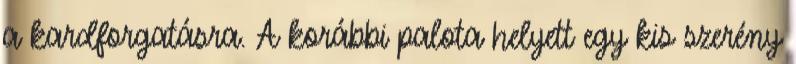
a kardforgatásra. A korábbi palota helyett egy kis szerény